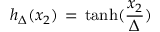
h _ { \Delta } ( x _ { 2 } ) \, = \, \mathrm { t a n h } ( \frac { x _ { 2 } } { \Delta } )